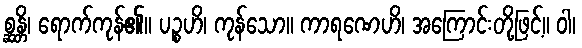
စ္ဆန္တိ၊ ရောက်ကုန်၏။ ပဉ္စဟိ၊ ကုန်သော။ ကာရဏေဟိ၊ အကြောင်းတို့ဖြင့်။ ဝါ၊